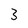
Character: 3